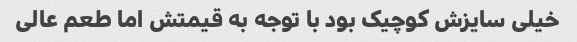
خیلی سایزش کوچیک بود با توجه به قیمتش اما طعم عالی